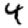
Digit: 4